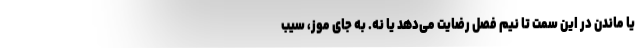
یا ماندن در این سمت تا نیم فصل رضایت می‌دهد یا نه. به جای موز، سیب